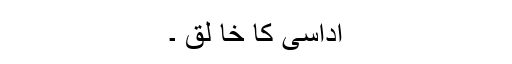
اداسی کا خا لق ۔